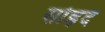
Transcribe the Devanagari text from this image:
सोह्रद